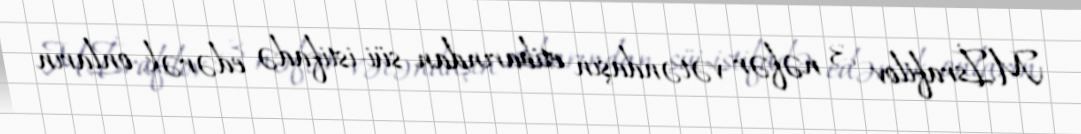
M.İsrafilov 3 nəfər vətəndaşın etibarından süi-istifadə edərək, onların